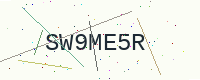
Text: SW9ME5R